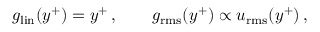
g _ { \mathrm { l i n } } ( y ^ { + } ) = y ^ { + } \, , \qquad g _ { \mathrm { r m s } } ( y ^ { + } ) \propto u _ { \mathrm { r m s } } ( y ^ { + } ) \, ,